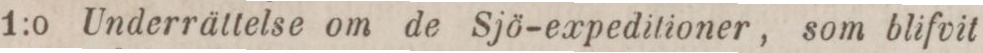
1:o Underrättelse om de Sjö-expeditioner, som blifvit